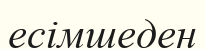
есімшеден